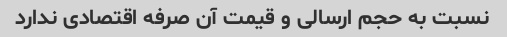
نسبت به حجم ارسالی و قیمت آن صرفه اقتصادی ندارد